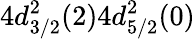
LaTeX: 4d_{3/2}^{2}(2)4d_{5/2}^{2}(0)